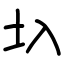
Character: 圦